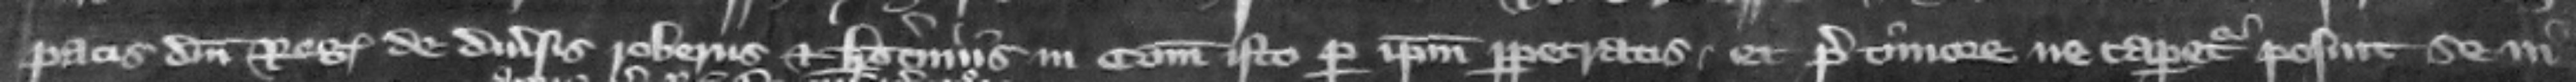
pacis domini regis de diuersis roberiis et latrociniis in comitatu isto per ipsum perpetratis. Et pre timore ne caperetur posuit se in